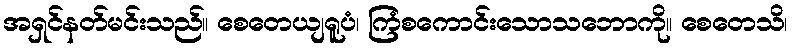
အရှင်နတ်မင်းသည်။ စေတေယျရူပံ၊ ကြံစကောင်းသောသဘောကို။ စေတေသိ၊